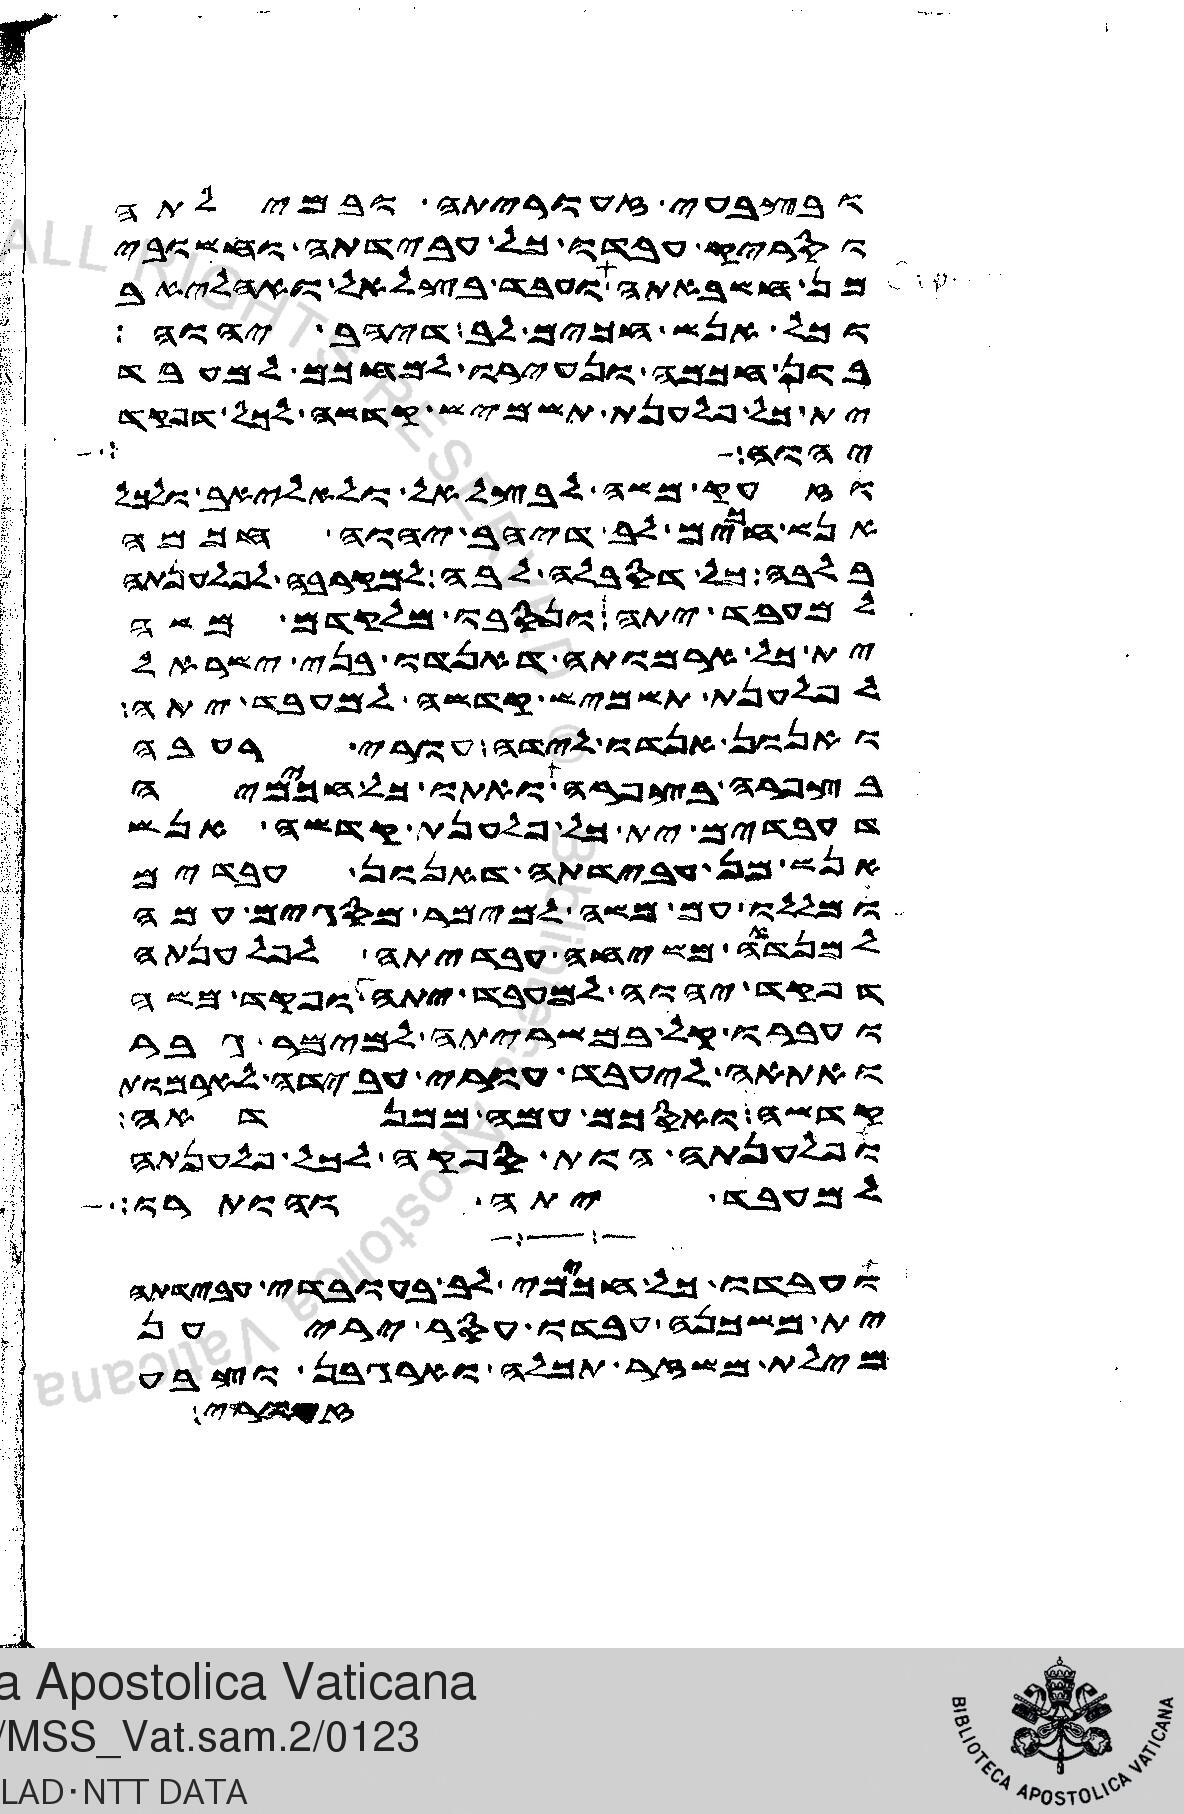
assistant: ובצבעי זעוריתה ובמילתה
וסריק עבדו כל עבידתה וחשובי
מן חשבאתה ועבד בצלאל ואהליאב
וכל אנש חכים לב דיהב יהוה
בון חכמה ונעירו למחכם למעבד
ית כל פלענת תשמיש קדשה לכל דפקד
יהוה חלל
וזעק משה לבצלאל ולאהליאב ולכל
אנש חכים לב דיהב יהוה חכמה
בלבה כל דסבלה לבה למקרבה לפלענתה
למעבד יתה ונסבו מלקדם משה
ית כל ארמותה דאנדו בני ישראל
לפלענת תשמיש קדשה למעבד יתה
ואנון אנדו לידה עורי רעבה
בצפרה בצפרה ואתו כל חכמיה
דעבדים ית כל פלענת קדשה אנש
אנש מן עבידתה דאנון עבדים
ומללו עם משה למימר מסגים עמה
למנדאה משיחה עבדיידתה לפלענתה
דפקד יהוה למעבד יתה ופקד משה
ועברו קל במשריתה למימר גבר
ואתאה ליעבד עורי עבידה לארמות
קדשה ואסכם עמה ממנדאה
ופלענתה הות ספקה לכל פלענתה
למעבד יתה והותרו
ועבדו כל חכימי לב בעובדי עבידתה
ית משכנה עבדו עסר יריען
מילת משזר תכלה וארגבן וצבע
נוראי